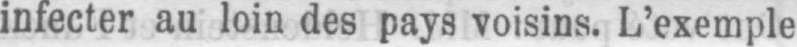
infecter au loin des pays voisins. L’exemple